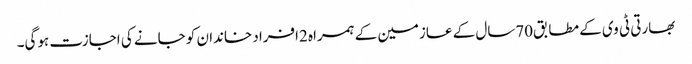
بھارتی ٹی وی کے مطابق70سال کے عازمین کے ہمراہ 2افراد خاندان کو جانے کی اجازت ہوگی۔